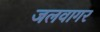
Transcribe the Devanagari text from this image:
जलवागर